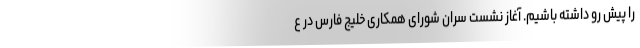
را پیش رو داشته باشیم. آغاز نشست سران شورای همکاری خلیج فارس در ع